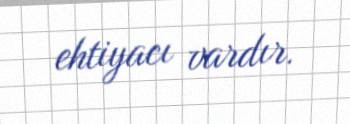
ehtiyacı vardır.